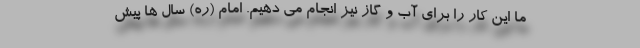
ما این کار را برای آب و گاز نیز انجام می دهیم. امام (ره) سال ها پیش